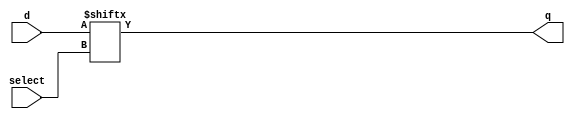
module mux1( select, d, q );

input[1:0] select;
input[3:0] d;
output     q;

wire      q;
wire[1:0] select;
wire[3:0] d;

assign q = d[select];

endmodule